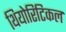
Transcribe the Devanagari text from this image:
थियोरिटिकल